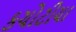
કચોટીયા